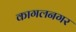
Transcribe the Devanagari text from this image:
कागलनगर